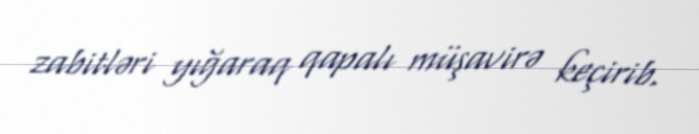
zabitləri yığaraq qapalı müşavirə keçirib.